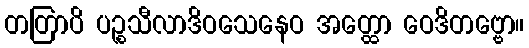
တတြာပိ ပဉ္စသီလာဒိဝသေနေဝ အတ္ထော ဝေဒိတဗ္ဗော။